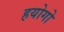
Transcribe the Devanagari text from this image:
हयोगो